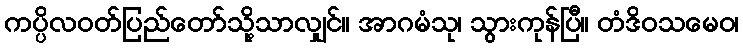
ကပ္ပိလဝတ်ပြည်တော်သို့သာလျှင်။ အာဂမံသု၊ သွားကုန်ပြီ။ တံဒိဝသမေဝ၊